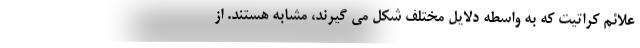
علائم کراتیت که به واسطه دلایل مختلف شکل می گیرند، مشابه هستند. از